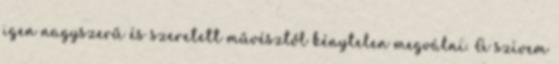
igen nagyszerű és szeretett művésztől kénytelen megválni. A szívem